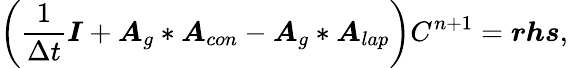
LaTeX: \left(\frac{1}{\Delta t}\boldsymbol{I}+\boldsymbol{A}_{g}*\boldsymbol{A}_{con}-\boldsymbol{A}_{g}*\boldsymbol{A}_{lap}\right)C^{n+1}=\boldsymbol{rhs},